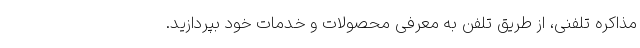
مذاکره تلفنی، از طریق تلفن به معرفی محصولات و خدمات خود بپردازید.